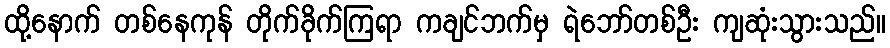
ထို့နောက် တစ်နေကုန် တိုက်ခိုက်ကြရာ ကချင်ဘက်မှ ရဲဘော်တစ်ဦး ကျဆုံးသွားသည်။